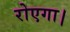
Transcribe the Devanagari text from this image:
रोएगा।